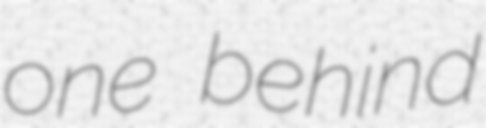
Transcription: one behind